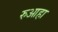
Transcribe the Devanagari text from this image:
रुआहा